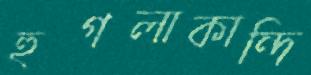
হুগলাকান্দি